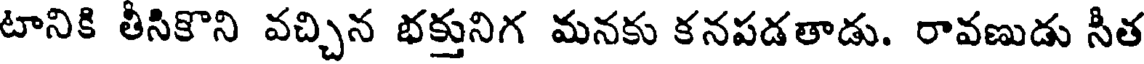
టానికి తీసికొని వచ్చిన భక్తునిగ మనకు కనపడతాడు. రావణుడు సీత